Black-water fever - Number 35
Disease focus: Fever
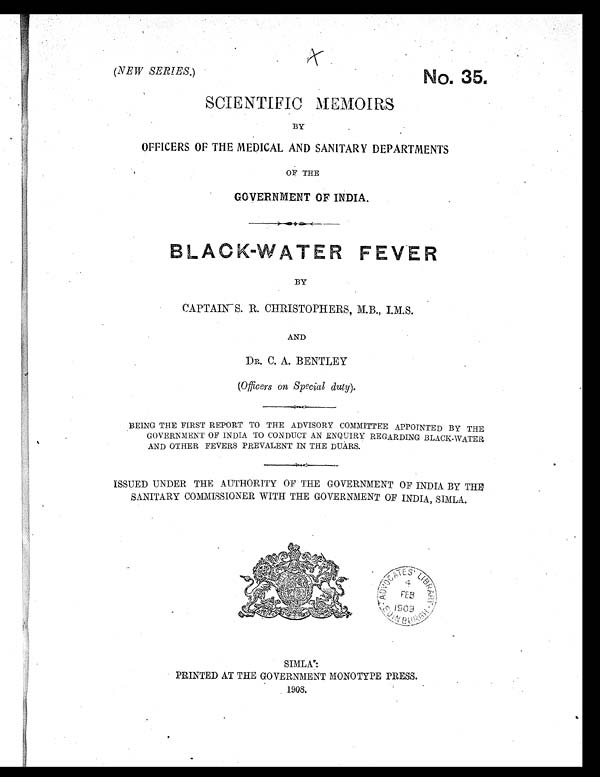
(NEW SERIES.)
No. 35
.
SCIENTIFIC MEMOIRS
BY
OFFICERS OF THE MEDICAL AND SANITARY DEPARTMENTS
OF THE
GOVERNMENT OF INDIA.
BY
CAPTAIN S. R. CHRISTOPHERS, M.B., I.M.S.
AND
DR. C. A. BENTLEY
(Officers on Special duty).
BEING THE FIRST REPORT TO THE ADVISORY COMMITTEE APPOINTED BY THE
GOVERNMENT OF INDIA TO CONDUCT AN ENQUIRY REGARDING BLACK-WATER
AND OTHER FEVERS PREVALENT IN THE DUARS.
ISSUED UNDER THE AUTHORITY OF THE GOVERNMENT OF INDIA BY THE
SANITARY COMMISSIONER WITH THE GOVERNMENT OF INDIA, SIMLA.
SIMLA:
PRINTED AT THE GOVERNMENT MONOTYPE PRESS.
1908.